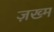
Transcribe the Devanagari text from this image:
ज़ख्‍म